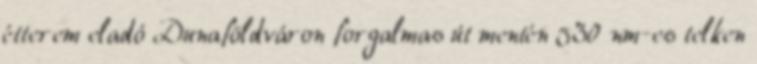
étterem eladó Dunaföldváron forgalmas út mentén 530 nm-es telken